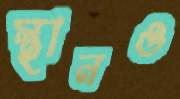
স্থানও